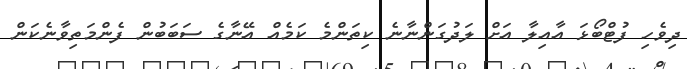
ދިވެހި ފުޓްބޯޅަ އާއިލާ އަށް ލަދުގަންނާނެ ކިތަންމެ ކަމެއް އޭނާގެ ސަބަބުން ފެންމަތިވާނެކަން